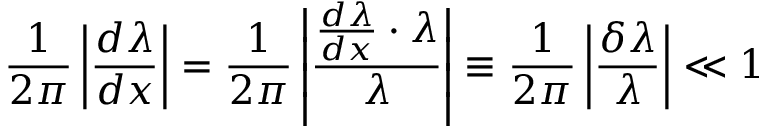
\frac { 1 } { 2 \pi } \left| \frac { d \lambda } { d x } \right| = \frac { 1 } { 2 \pi } \left| \frac { \frac { d \lambda } { d x } \cdot \lambda } { \lambda } \right| \equiv \frac { 1 } { 2 \pi } \left| \frac { \delta \lambda } { \lambda } \right| \ll 1